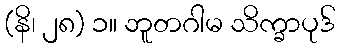
(နိ၊ ၂၈) ၁။ ဘူတဂါမ သိက္ခာပုဒ်